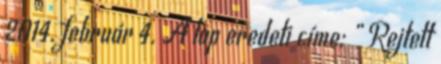
2014. február 4. A lap eredeti címe: „ Rejtett